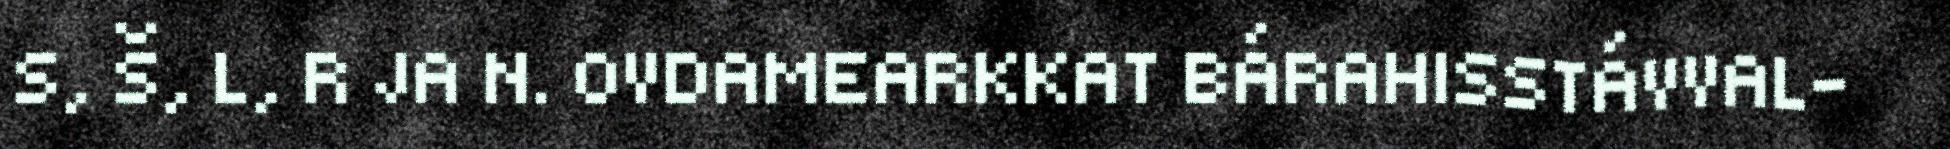
S, Š, L, R JA N. OVDAMEARKKAT BÁRAHISSTÁVVAL-